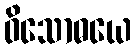
ဝိသောဓယေ